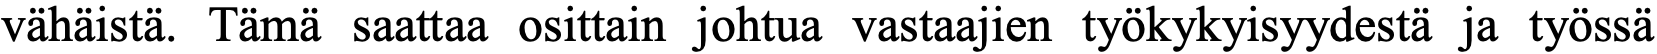
vähäistä. Tämä saattaa osittain johtua vastaajien työkykyisyydestä ja työssä